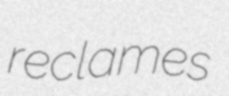
reclames